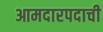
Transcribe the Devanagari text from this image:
आमदारपदाची